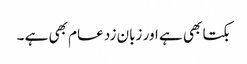
بکتا بھی ہے اور زبان زد عام بھی ہے ۔